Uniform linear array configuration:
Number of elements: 32
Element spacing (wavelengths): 1
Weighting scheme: exponential
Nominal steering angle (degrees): -45
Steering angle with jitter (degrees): -43.206
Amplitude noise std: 0.05
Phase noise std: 0.05

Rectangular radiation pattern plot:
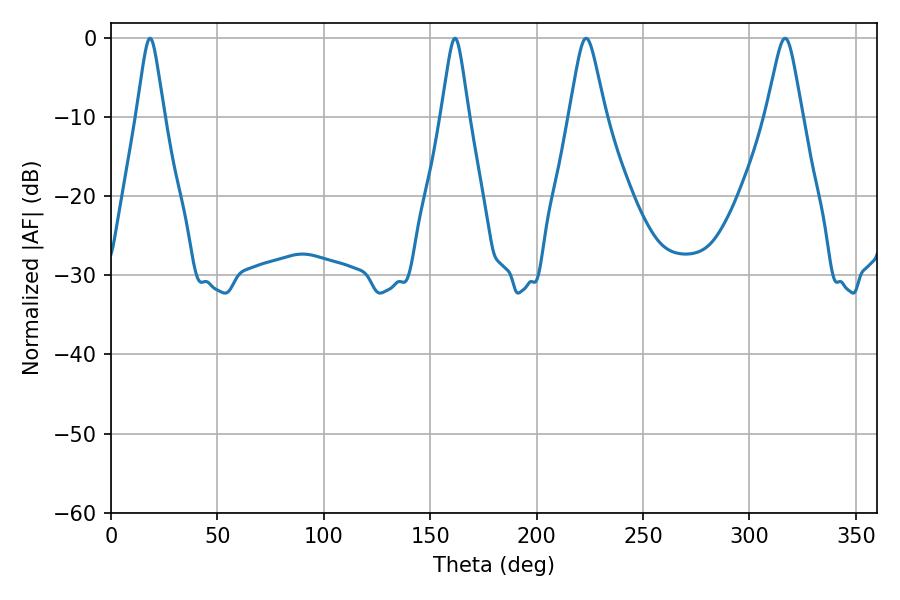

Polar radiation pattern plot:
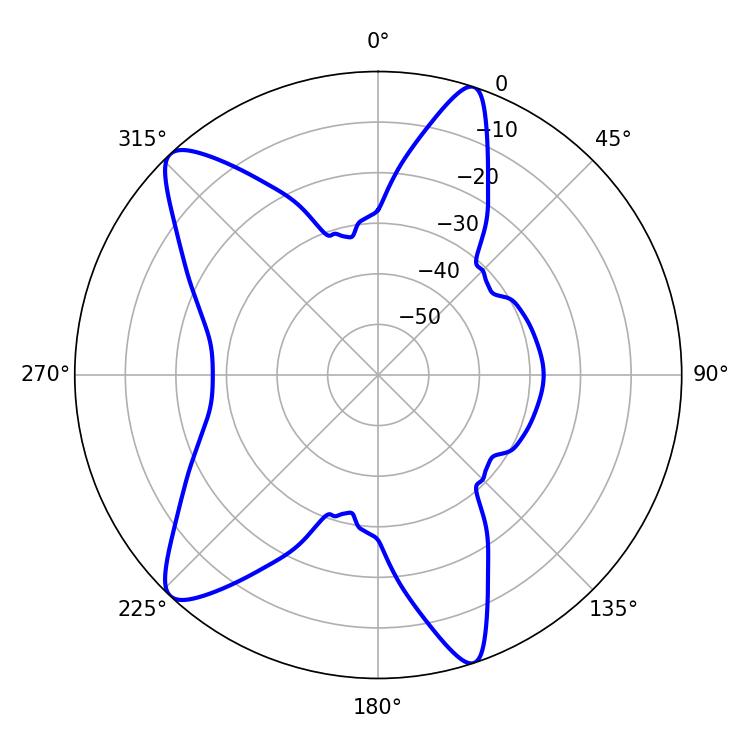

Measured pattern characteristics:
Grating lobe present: TRUE
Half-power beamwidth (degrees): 6.12
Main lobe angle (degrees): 161.64